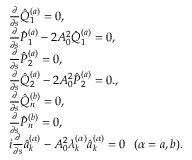
\begin{array} { r l } & { \frac { \partial } { \partial s } \hat { Q } _ { 1 } ^ { ( a ) } = 0 , } \\ & { \frac { \partial } { \partial s } \hat { P } _ { 1 } ^ { ( a ) } - 2 A _ { 0 } ^ { 2 } \hat { Q } _ { 1 } ^ { ( a ) } = 0 , } \\ & { \frac { \partial } { \partial s } \hat { P } _ { 2 } ^ { ( a ) } = 0 , } \\ & { \frac { \partial } { \partial s } \hat { Q } _ { 2 } ^ { ( a ) } - 2 A _ { 0 } ^ { 2 } \hat { P } _ { 2 } ^ { ( a ) } = 0 . , } \\ & { \frac { \partial } { \partial s } \hat { Q } _ { n } ^ { ( b ) } = 0 , } \\ & { \frac { \partial } { \partial s } \hat { P } _ { n } ^ { ( b ) } = 0 , } \\ & { i \frac { \partial } { \partial s } \hat { a } _ { k } ^ { ( \alpha ) } - A _ { 0 } ^ { 2 } \lambda _ { k } ^ { ( \alpha ) } \hat { a } _ { k } ^ { ( \alpha ) } = 0 \, \, \, \, ( \alpha = a , b ) . } \end{array}